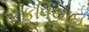
કવિથાઇ